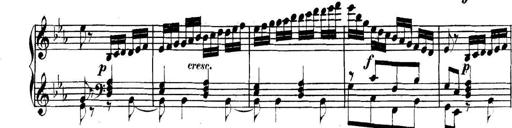
Title: Collected Piano Sonatas
Composer: Muzio Clementi